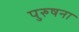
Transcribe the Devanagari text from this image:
पुरुषना